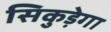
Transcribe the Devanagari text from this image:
सिकुड़ेगा